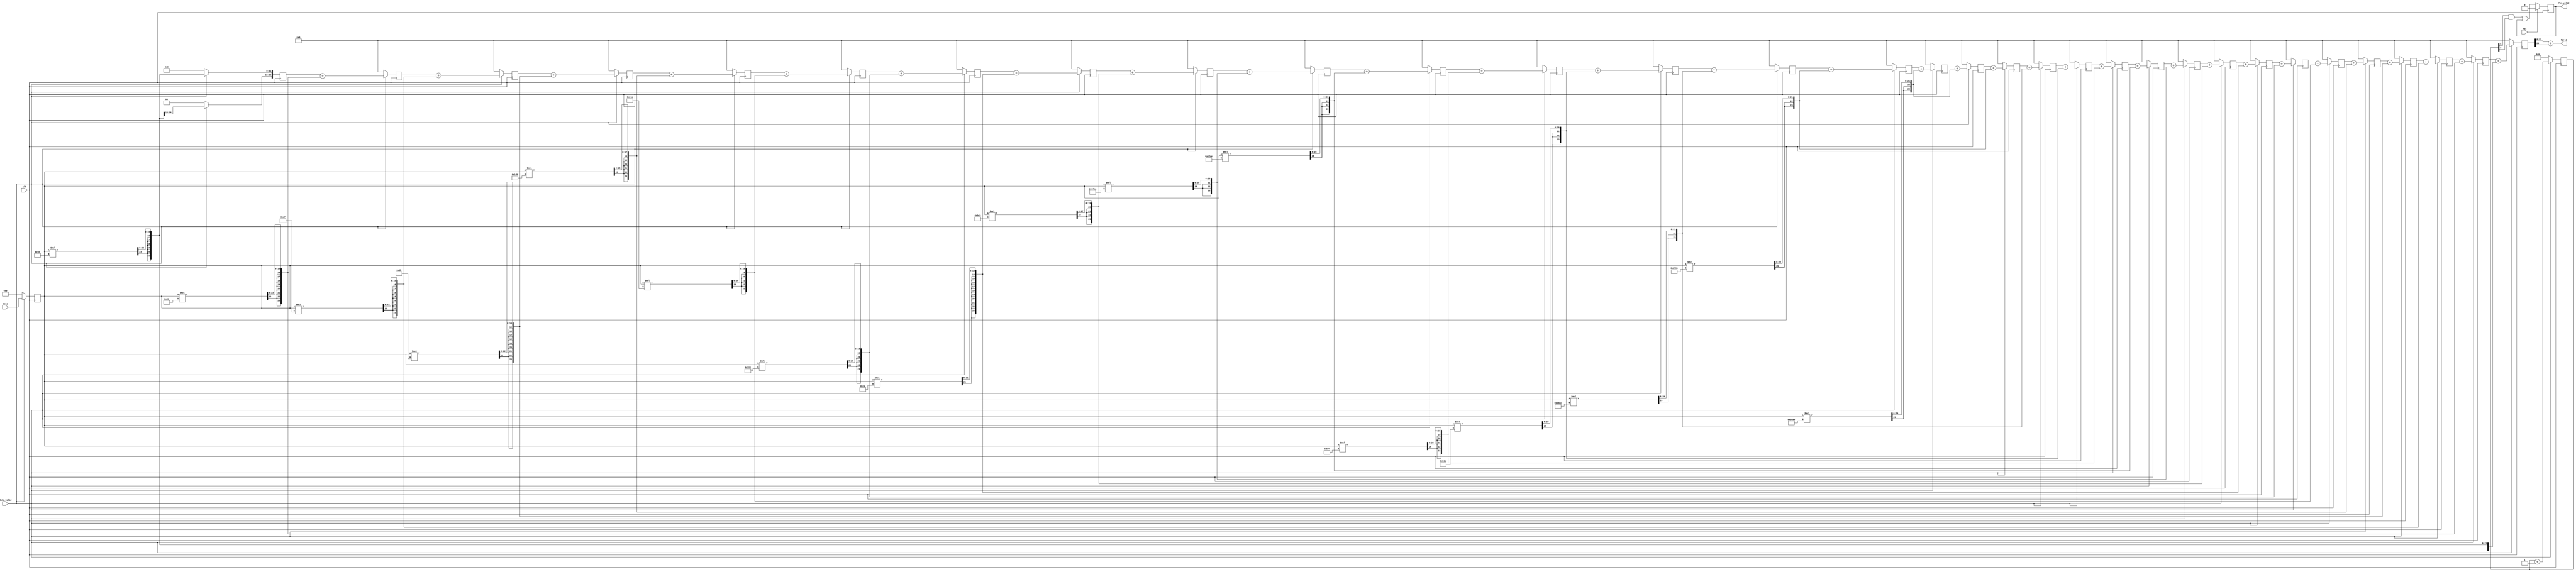
`timescale 1ns/10ps
module FIR(
           data_valid, 
           data, 
           clk, 
           rst,
           fir_valid,
           fir_d);

// ====================================== Set Parameters =====================================
parameter signed [14:0] FIR_C00 = 15'h7F9E ;     //The FIR_coefficient value 0: -1.495361e-003
parameter signed [14:0] FIR_C01 = 15'h7F86 ;     //The FIR_coefficient value 1: -1.861572e-003
parameter signed [14:0] FIR_C02 = 15'h7FA7 ;     //The FIR_coefficient value 2: -1.358032e-003
parameter signed [14:0] FIR_C03 = 15'h003B ;    //The FIR_coefficient value 3: 9.002686e-004
parameter signed [14:0] FIR_C04 = 15'h014B ;    //The FIR_coefficient value 4: 5.050659e-003
parameter signed [14:0] FIR_C05 = 15'h024A ;    //The FIR_coefficient value 5: 8.941650e-003
parameter signed [14:0] FIR_C06 = 15'h0222 ;    //The FIR_coefficient value 6: 8.331299e-003
parameter signed [14:0] FIR_C07 = 15'h7FE4 ;     //The FIR_coefficient value 7: -4.272461e-004
parameter signed [14:0] FIR_C08 = 15'h7BC5 ;     //The FIR_coefficient value 8: -1.652527e-002
parameter signed [14:0] FIR_C09 = 15'h77CA ;     //The FIR_coefficient value 9: -3.207397e-002
parameter signed [14:0] FIR_C10 = 15'h774E ;     //The FIR_coefficient value 10: -3.396606e-002
parameter signed [14:0] FIR_C11 = 15'h7D74 ;     //The FIR_coefficient value 11: -9.948730e-003
parameter signed [14:0] FIR_C12 = 15'h0B1A ;    //The FIR_coefficient value 12: 4.336548e-002
parameter signed [14:0] FIR_C13 = 15'h1DAC ;    //The FIR_coefficient value 14: 1.159058e-001
parameter signed [14:0] FIR_C14 = 15'h2F9E ;    //The FIR_coefficient value 14: 1.860046e-001
parameter signed [14:0] FIR_C15 = 15'h3AA9 ;    //The FIR_coefficient value 14: 2.291412e-001
// ===========================================================================================

input             data_valid;
input      [15:0] data;
input             clk;
input             rst;
output            fir_valid;
output     [15:0] fir_d;

reg signed [15:0] r_data;
reg        [23:0] r_accum_fwd       [0:15];
reg        [23:0] r_accum_bwd       [0:15];
wire       [29:0] data_mul          [0:15];
wire       [23:0] w_out;
reg               fir_valid;
reg        [5:0]  cnt;

integer       i;

// ====================================== Register File ======================================
always @(posedge clk) begin
    if (~data_valid) r_data <= 16'b0;
    else r_data <= data;
end
// ===========================================================================================

// ======================================== Multiplier =======================================
assign data_mul[0]  = r_data * FIR_C00;
assign data_mul[1]  = r_data * FIR_C01;
assign data_mul[2]  = r_data * FIR_C02;
assign data_mul[3]  = r_data * FIR_C03;
assign data_mul[4]  = r_data * FIR_C04;
assign data_mul[5]  = r_data * FIR_C05;
assign data_mul[6]  = r_data * FIR_C06;
assign data_mul[7]  = r_data * FIR_C07;
assign data_mul[8]  = r_data * FIR_C08;
assign data_mul[9]  = r_data * FIR_C09;
assign data_mul[10] = r_data * FIR_C10;
assign data_mul[11] = r_data * FIR_C11;
assign data_mul[12] = r_data * FIR_C12;
assign data_mul[13] = r_data * FIR_C13;
assign data_mul[14] = r_data * FIR_C14;
assign data_mul[15] = r_data * FIR_C15;
// ===========================================================================================

// ======================================= Accumulator =======================================
always @(posedge clk) begin
    if (~data_valid) begin
        for (i = 0; i < 16; i = i + 1) begin
            r_accum_fwd[i] <= 24'b0;
        end
    end
    else begin
        r_accum_fwd[0][23:22] <= {2{data_mul[0][29]}};
        r_accum_fwd[0][21:0]  <= data_mul[0][29:8];
        for (i = 1; i < 16; i = i + 1) begin
            r_accum_fwd[i] <= r_accum_fwd[i - 1] + {{2{data_mul[i][29]}}, data_mul[i][29:8]};
        end
    end
end

always @(posedge clk) begin
    if (~data_valid) begin
        for (i = 0; i < 16; i = i + 1) begin
            r_accum_bwd[i] <= 24'b0;
         end
    end
    else begin
        r_accum_bwd[15] <= r_accum_fwd[15] + {{2{data_mul[15][29]}}, data_mul[15][29:8]};
        for (i = 0; i < 15; i = i + 1) begin
            r_accum_bwd[i] <= r_accum_bwd[i + 1] + {{2{data_mul[i][29]}}, data_mul[i][29:8]};
        end
    end
end

assign fir_d = r_accum_bwd[0][23:8] + r_accum_bwd[0][23];
// ===========================================================================================

// ========================================== Valid ==========================================
always @(posedge clk) begin
    if (~data_valid) cnt <= 6'b0;
    else cnt <= cnt + 6'b1;
end

always @(posedge clk) begin
    if (rst) fir_valid <= 1'b0;
    else     fir_valid <= cnt[5] & cnt[0] | fir_valid;
end
// ===========================================================================================

endmodule